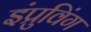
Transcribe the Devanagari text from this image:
इंप्रुविंग